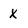
Character: X